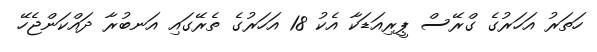
ހަތަރު އަހަރުގެ ގްރޭސް ޕީރިއަޑަކާ އެކު 18 އަހަރުގެ ތެރޭގައި އަނބުރާ ދައްކަންޖެހޭ